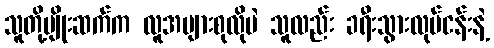
သူတို့မျိုးဆက်က လူအများစုလိုပဲ သူလည်း ခရီးသွားလုပ်ငန်းနဲ့